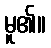
မူ၏။